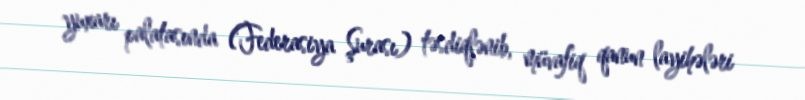
yuxarı palatasında (Federasiya Şurası) təsdiqlənib, müvafiq qanun layihələri